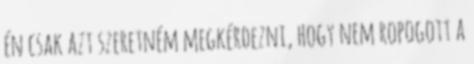
én csak azt szeretném megkérdezni, hogy nem ropogott a